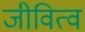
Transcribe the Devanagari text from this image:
जीवित्व